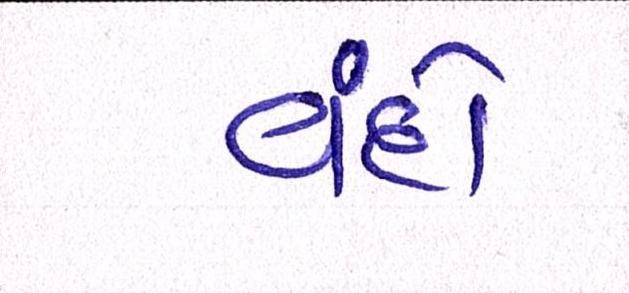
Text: વંદો